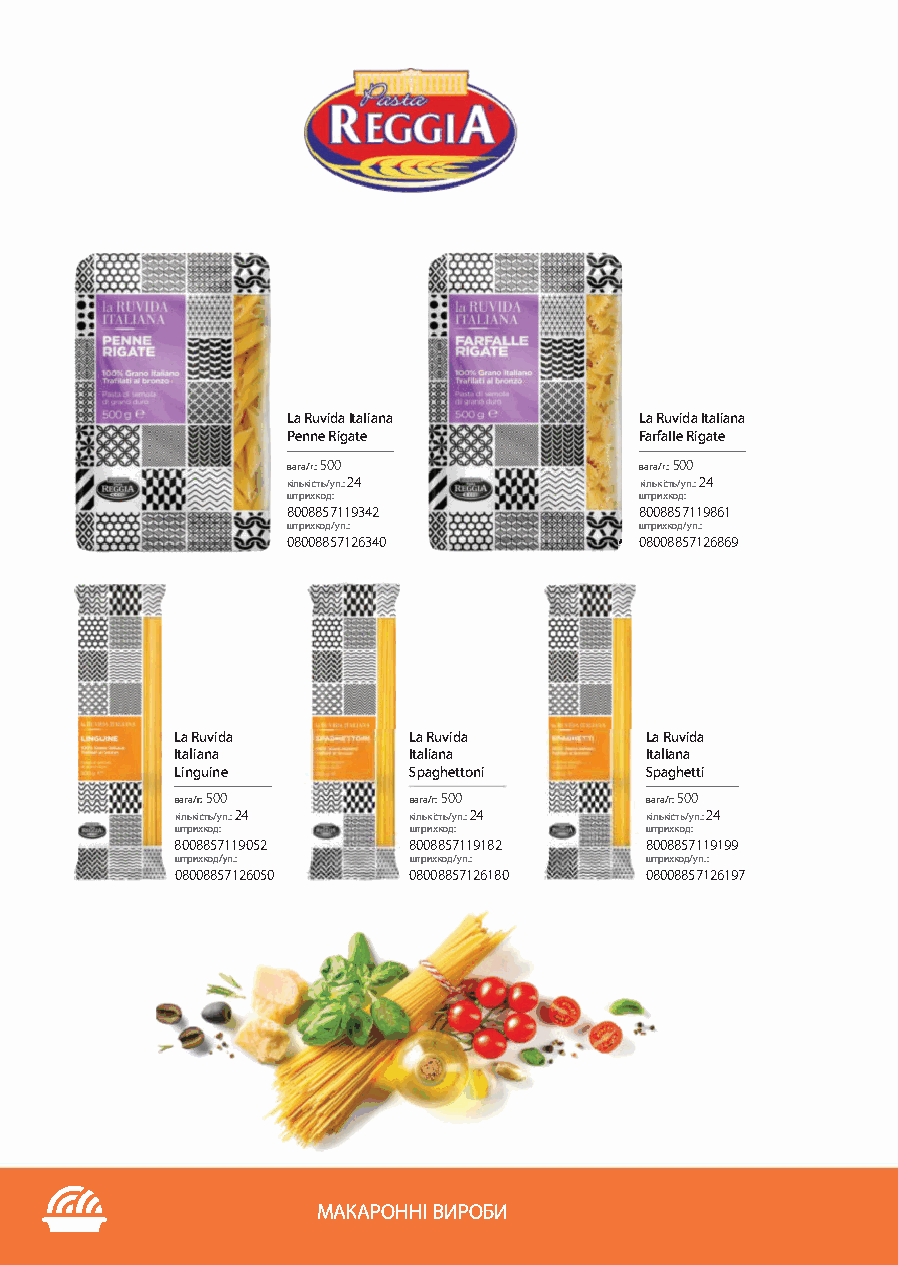
La Ruvida ltaliana     La Ruvida ltaliana
 Penne Rigate           Farfalle Rigate
 вага/г.: 500           вага/г.: 500
 кількість/уп.: 24      кількість/уп.: 24
 штрихкод:              штрихкод:
 8008857119342          8008857 119 861
 штрихкод/уп.:          штрихкод/уп.:
 08008857126340        І 08008857126869
 La Ruvida      La Ruvida       La Ruvida
 ltaliana       ltaliana        ltaliana
 Linguine       Spaghettoni     Spaghetti
 вага/г: 500    вага/г: 500     вага/г: 500
 кількісrь/уп.: 24 кількість/уп.: 24 кількість/уп.: 24
 штрихкод:      штрихк од:      штрих код:
 8008857119052  8008857119182   8008857119199
 штрихкод/уп.:  штрихкод/уп.:   штрихкод/уп.:
 08008857126050 08008857126180  08008857126197
 ---
 /i:f,.
 МАКАРОННІ ВИРОБИ